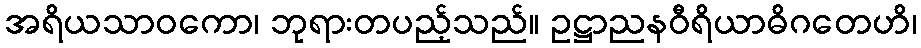
အရိယသာဝကော၊ ဘုရားတပည့်သည်။ ဥဋ္ဌာညနဝီရိယာဓိဂတေဟိ၊